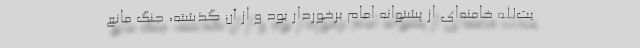
یت‌الله خامنه‌ای از پشتوانه امام برخوردار بود و از آن گذشته، جنگ مانع